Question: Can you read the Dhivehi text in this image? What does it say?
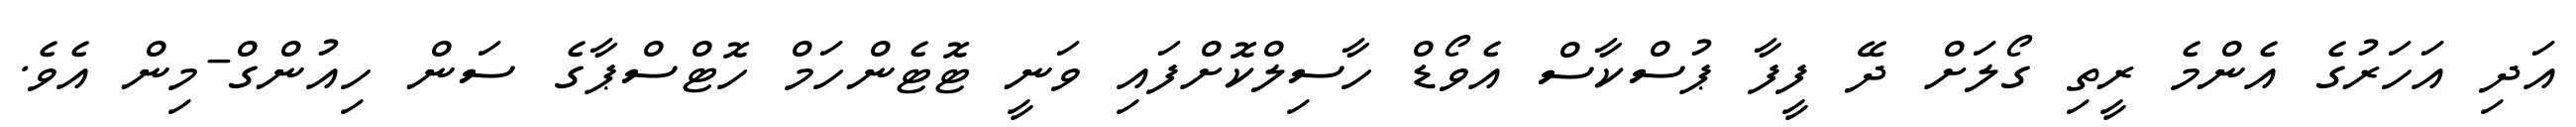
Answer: އަދި އަހަރުގެ އެންމެ ރީތި ގޯލަށް ދޭ ފީފާ ޕުސްކާސް އެވޯޑް ހާސިލްކޮށްފައި ވަނީ ޓޮޓެންހަމް ހޮޓްސްޕާގެ ސަން ހިއުންގް-މިން އެވެ.